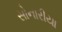
સોનારીયા